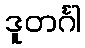
ဒူတင်္ဂါ